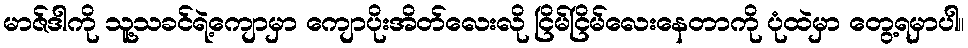
မာဇ်ဒါကို သူ့သခင်ရဲ့ကျောမှာ ကျောပိုးအိတ်လေးလို ငြိမ်ငြိမ်လေးနေတာကို ပုံထဲမှာ တွေ့ရမှာပါ။